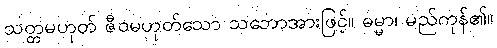
သတ္တမဟုတ် ဇီဝမဟုတ်သော သဘောအားဖြင့်။ ဓမ္မာ၊ မည်ကုန်၏။